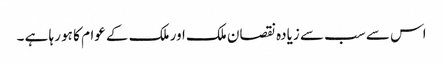
اس سے سب سے زیادہ نقصان ملک اور ملک کے عوام کا ہو رہا ہے ۔